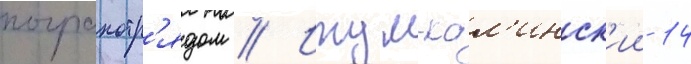
погранотр'ядом // Итум-кал'инск'ии 14